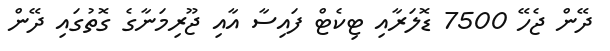
ދޭން ޖެހޭ 7500 ޑޮލަރާއި ޓިކެޓް ފައިސާ އާއި ޖޫރިމަނާގެ ގޮތުގައި ދޭން